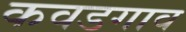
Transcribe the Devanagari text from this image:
कवडगाव